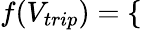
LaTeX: f(V_{trip})=\left\{ \begin{array}{ll}{\begin{array}{rlr}\end{array}}\end{array}\right.